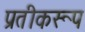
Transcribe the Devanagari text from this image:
प्रतीकरूप